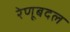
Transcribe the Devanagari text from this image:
रेणूबदल